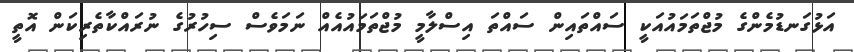
އަޅުގަނޑުމެންގެ މުޖްތަމައުއަކީ ސައްތައިން ސައްތަ އިސްލާމީ މުޖްތަމައުއެއް ނަމަވެސް ސިހުރުގެ ނުރައްކާތެރިކަން އޮތީ